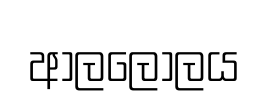
ආලලෝලය